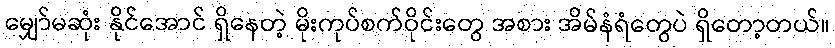
မျှော်မဆုံး နိုင်အောင် ရှိနေတဲ့ မိုးကုပ်စက်ဝိုင်းတွေ အစား အိမ်နံရံတွေပဲ ရှိတော့တယ်။